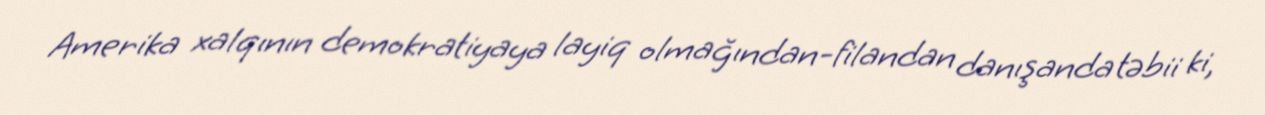
Amerika xalqının demokratiyaya layiq olmağından-filandan danışanda təbii ki,